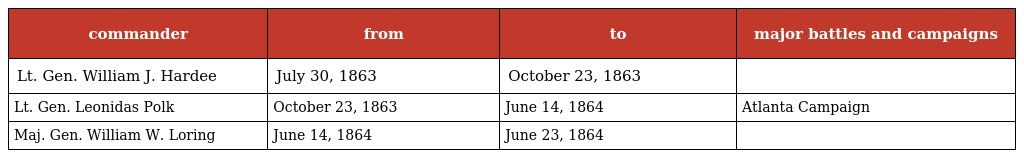
| commander | from | to | major battles and campaigns |
 | --- | --- | --- | --- |
 | Lt. Gen. William J. Hardee | July 30, 1863 | October 23, 1863 |  |
 | Lt. Gen. Leonidas Polk | October 23, 1863 | June 14, 1864 | Atlanta Campaign |
 | Maj. Gen. William W. Loring | June 14, 1864 | June 23, 1864 |  |